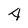
Character: 4